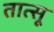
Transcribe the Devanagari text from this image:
तात्सू